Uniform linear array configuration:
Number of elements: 24
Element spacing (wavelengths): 0.5
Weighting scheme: uniform
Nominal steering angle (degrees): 45
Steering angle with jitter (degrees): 46.8
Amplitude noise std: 0.05
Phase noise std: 0.05

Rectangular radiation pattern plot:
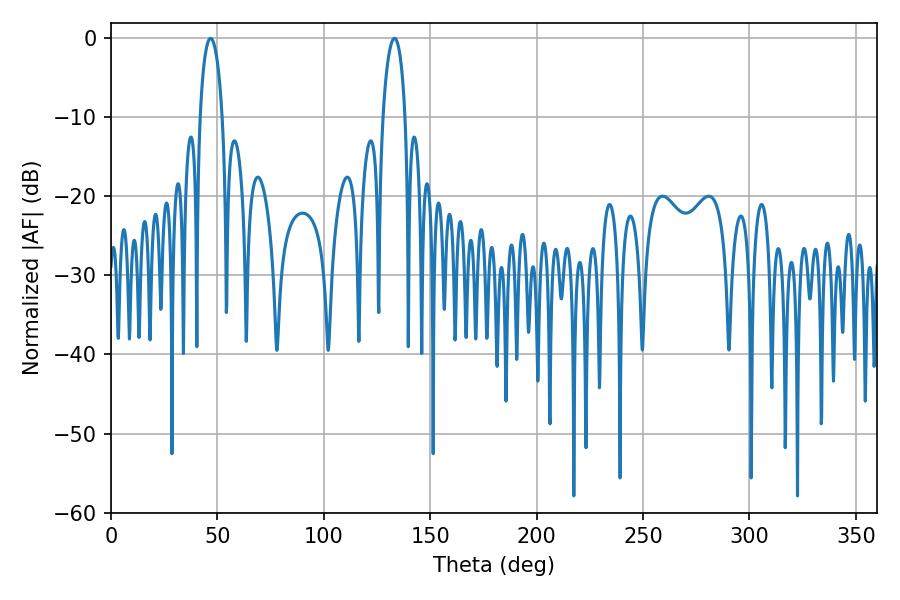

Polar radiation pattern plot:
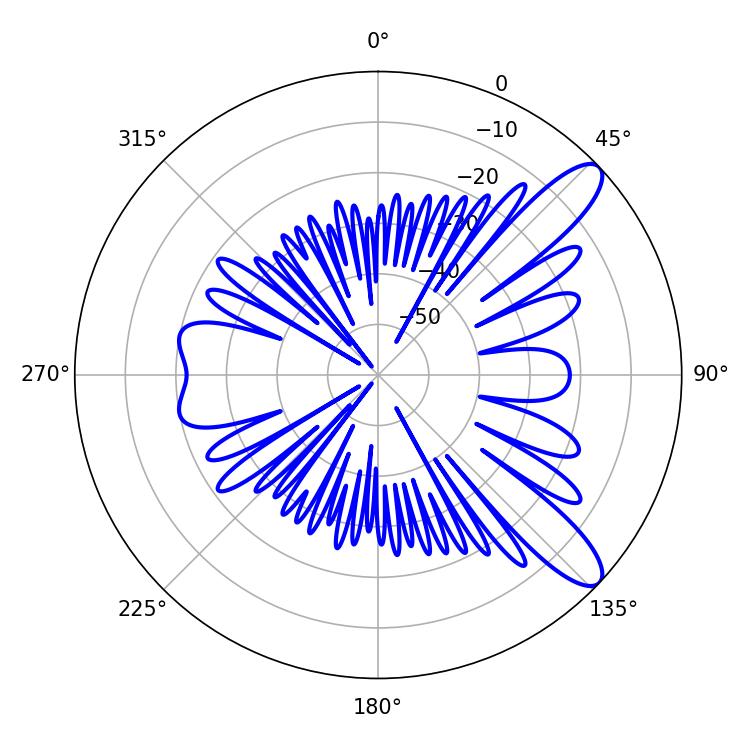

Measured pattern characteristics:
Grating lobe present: FALSE
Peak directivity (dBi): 10.703
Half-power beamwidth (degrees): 5.94
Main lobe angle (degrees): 46.8